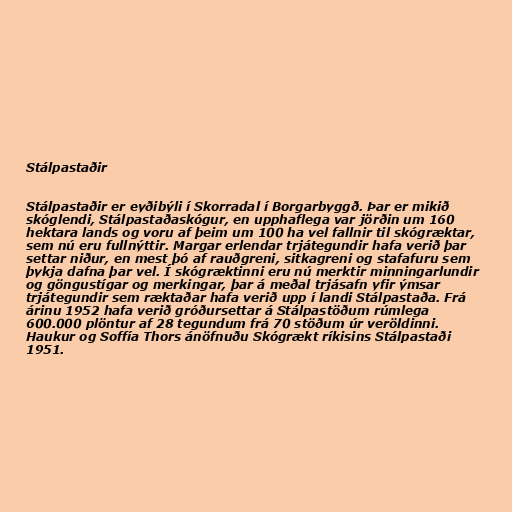
Stálpastaðir

Stálpastaðir er eyðibýli í Skorradal í Borgarbyggð. Þar er mikið
skóglendi, Stálpastaðaskógur, en upphaflega var jörðin um 160
hektara lands og voru af þeim um 100 ha vel fallnir til skógræktar,
sem nú eru fullnýttir. Margar erlendar trjátegundir hafa verið þar
settar niður, en mest þó af rauðgreni, sitkagreni og stafafuru sem
þykja dafna þar vel. Í skógræktinni eru nú merktir minningarlundir
og göngustígar og merkingar, þar á meðal trjásafn yfir ýmsar
trjátegundir sem ræktaðar hafa verið upp í landi Stálpastaða. Frá
árinu 1952 hafa verið gróðursettar á Stálpastöðum rúmlega
600.000 plöntur af 28 tegundum frá 70 stöðum úr veröldinni.
Haukur og Soffía Thors ánöfnuðu Skógrækt ríkisins Stálpastaði
1951.